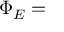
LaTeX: \Phi _ { E } = \,